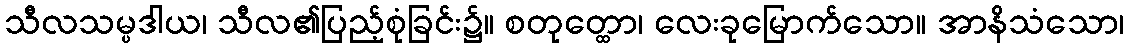
သီလသမ္ပဒါယ၊ သီလ၏ပြည့်စုံခြင်း၌။ စတုတ္ထော၊ လေးခုမြောက်သော။ အာနိသံသော၊